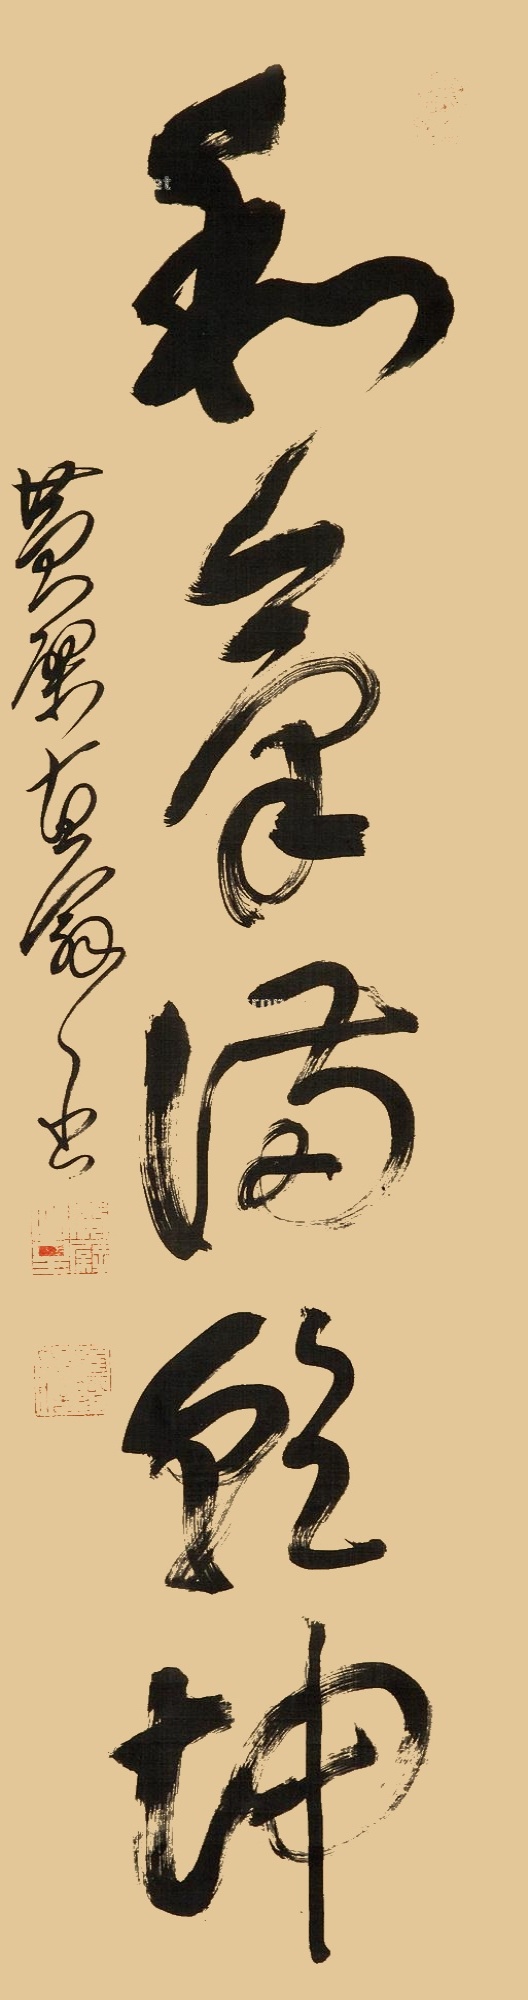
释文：和气满乾坤黄檗直翁书。